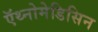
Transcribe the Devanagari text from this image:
ऍथ्नोमेडिसिन